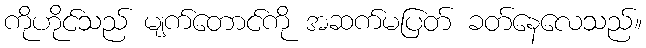
ကိုဟိုင်သည် မျက်တောင်ကို အဆက်မပြတ် ခတ်နေလေသည်။